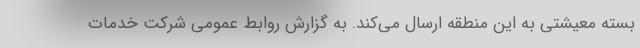
بسته معیشتی به این منطقه ارسال می‌کند. به گزارش روابط عمومی شرکت خدمات